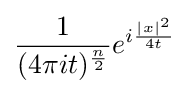
{\frac {1}{(4\pi it)^{\frac {n}{2}}}}e^{i{\frac {|x|^{2}}{4t}}}